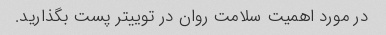
در مورد اهمیت سلامت روان در توییتر پست بگذارید.